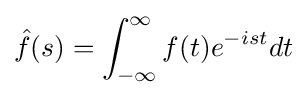
{\hat {f}}(s)=\int _{-\infty }^{\infty }f(t)e^{-ist}dt